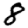
Digit: 8